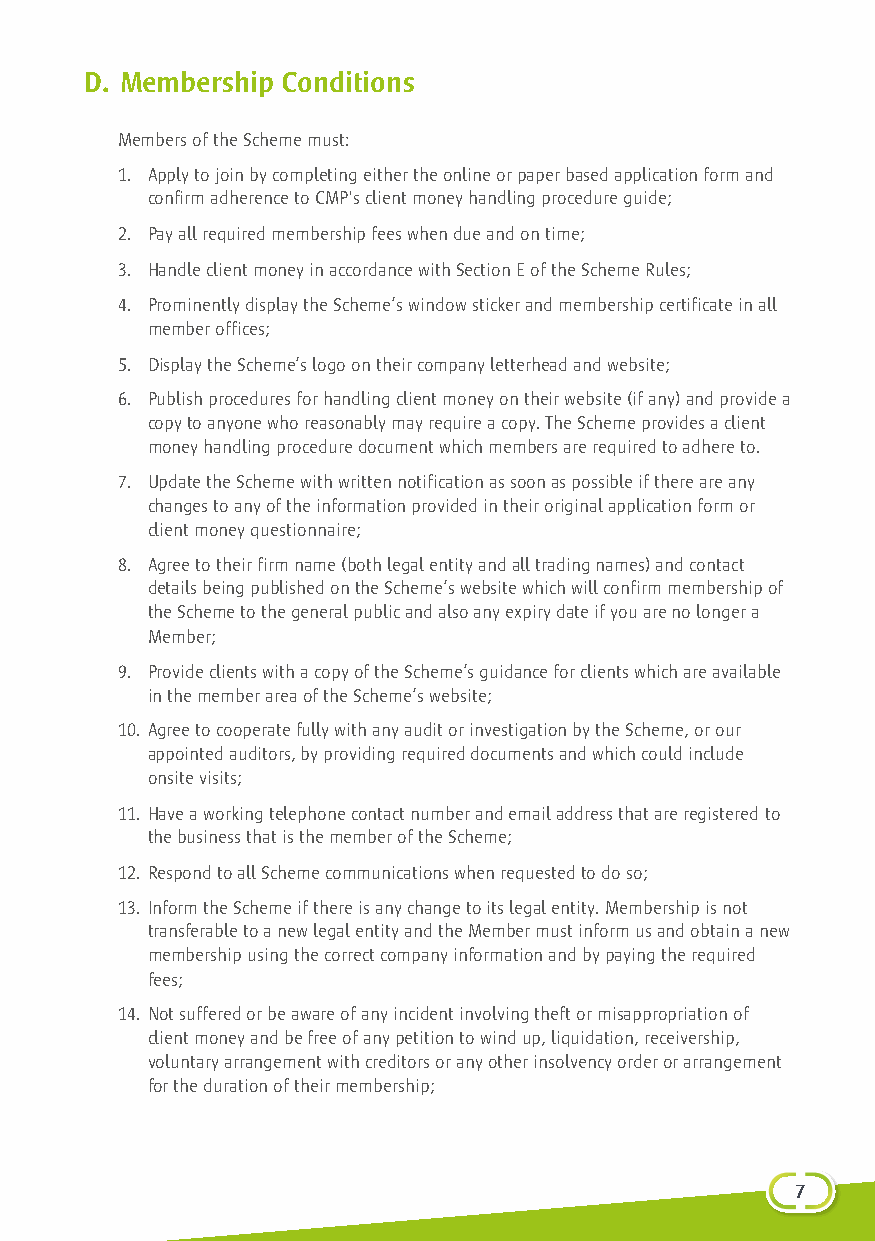
D. Membership Conditions
 Members of the Scheme must:
 1. Apply to join by completing either the online or paper based application form and
 confirm adherence to CMP's client money handling procedure guide;
 2. Pay all required membership fees when due and on time;
 3. Handle client money in accordance with Section E of the Scheme Rules;
 4. P rominently display the Scheme’s window sticker and membership certificate in all
 member offices;
 5. Display the Scheme’s logo on their company letterhead and website;
 6. Publish procedures for handling client money on their website (if any) and provide a
 copy to anyone who reasonably may require a copy. The Scheme provides a client
 money handling procedure document which members are required to adhere to.
 7. U pdate the Scheme with written notification as soon as possible if there are any
 changes to any of the information provided in their original application form or
 client money questionnaire;
 8. Agree to their firm name (both legal entity and all trading names) and contact
 details being published on the Scheme’s website which will confirm membership of
 the Scheme to the general public and also any expiry date if you are no longer a
 Member;
 9. Provide clients with a copy of the Scheme’s guidance for clients which are available
 in the member area of the Scheme’s website;
 10. Agree to cooperate fully with any audit or investigation by the Scheme, or our
 appointed auditors, by providing required documents and which could include
 onsite visits;
 11. Have a working telephone contact number and email address that are registered to
 the business that is the member of the Scheme;
 12. Respond to all Scheme communications when requested to do so;
 13. Inform the Scheme if there is any change to its legal entity. Membership is not
 transferable to a new legal entity and the Member must inform us and obtain a new
 membership using the correct company information and by paying the required
 fees;
 14. Not suffered or be aware of any incident involving theft or misappropriation of
 client money and be free of any petition to wind up, liquidation, receivership,
 voluntary arrangement with creditors or any other insolvency order or arrangement
 for the duration of their membership;
 71